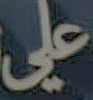
على